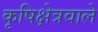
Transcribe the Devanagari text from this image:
कृषिक्षेत्रवाले